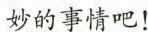
\underline{妙的事情吧！}